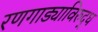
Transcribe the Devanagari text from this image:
रणगाड्याविरुद्ध